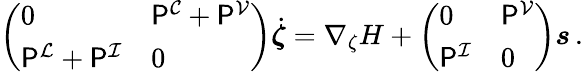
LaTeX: \begin{array}{r}{\left(\begin{array}{ll}{0}&{\mathsf{P}^{\mathcal{C}}+\mathsf{P}^{\mathcal{V}}}\\ {\mathsf{P}^{\mathcal{L}}+\mathsf{P}^{\mathcal{I}}}&{0}\end{array}\right)\dot{\boldsymbol{\zeta}}=\nabla_{\zeta}H+\left(\begin{array}{ll}{0}&{\mathsf{P}^{\mathcal{V}}}\\ {\mathsf{P}^{\mathcal{I}}}&{0}\end{array}\right)\boldsymbol{s}\, .}\end{array}